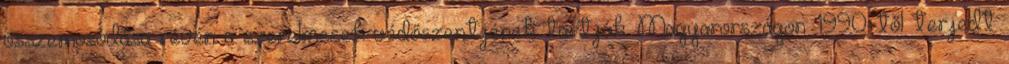
összemosódása révén a szerelmesek védőszentjének tartják. Magyarországon 1990-től terjedt